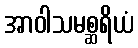
အာဝါသမစ္ဆရိယံ